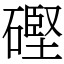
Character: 䃘